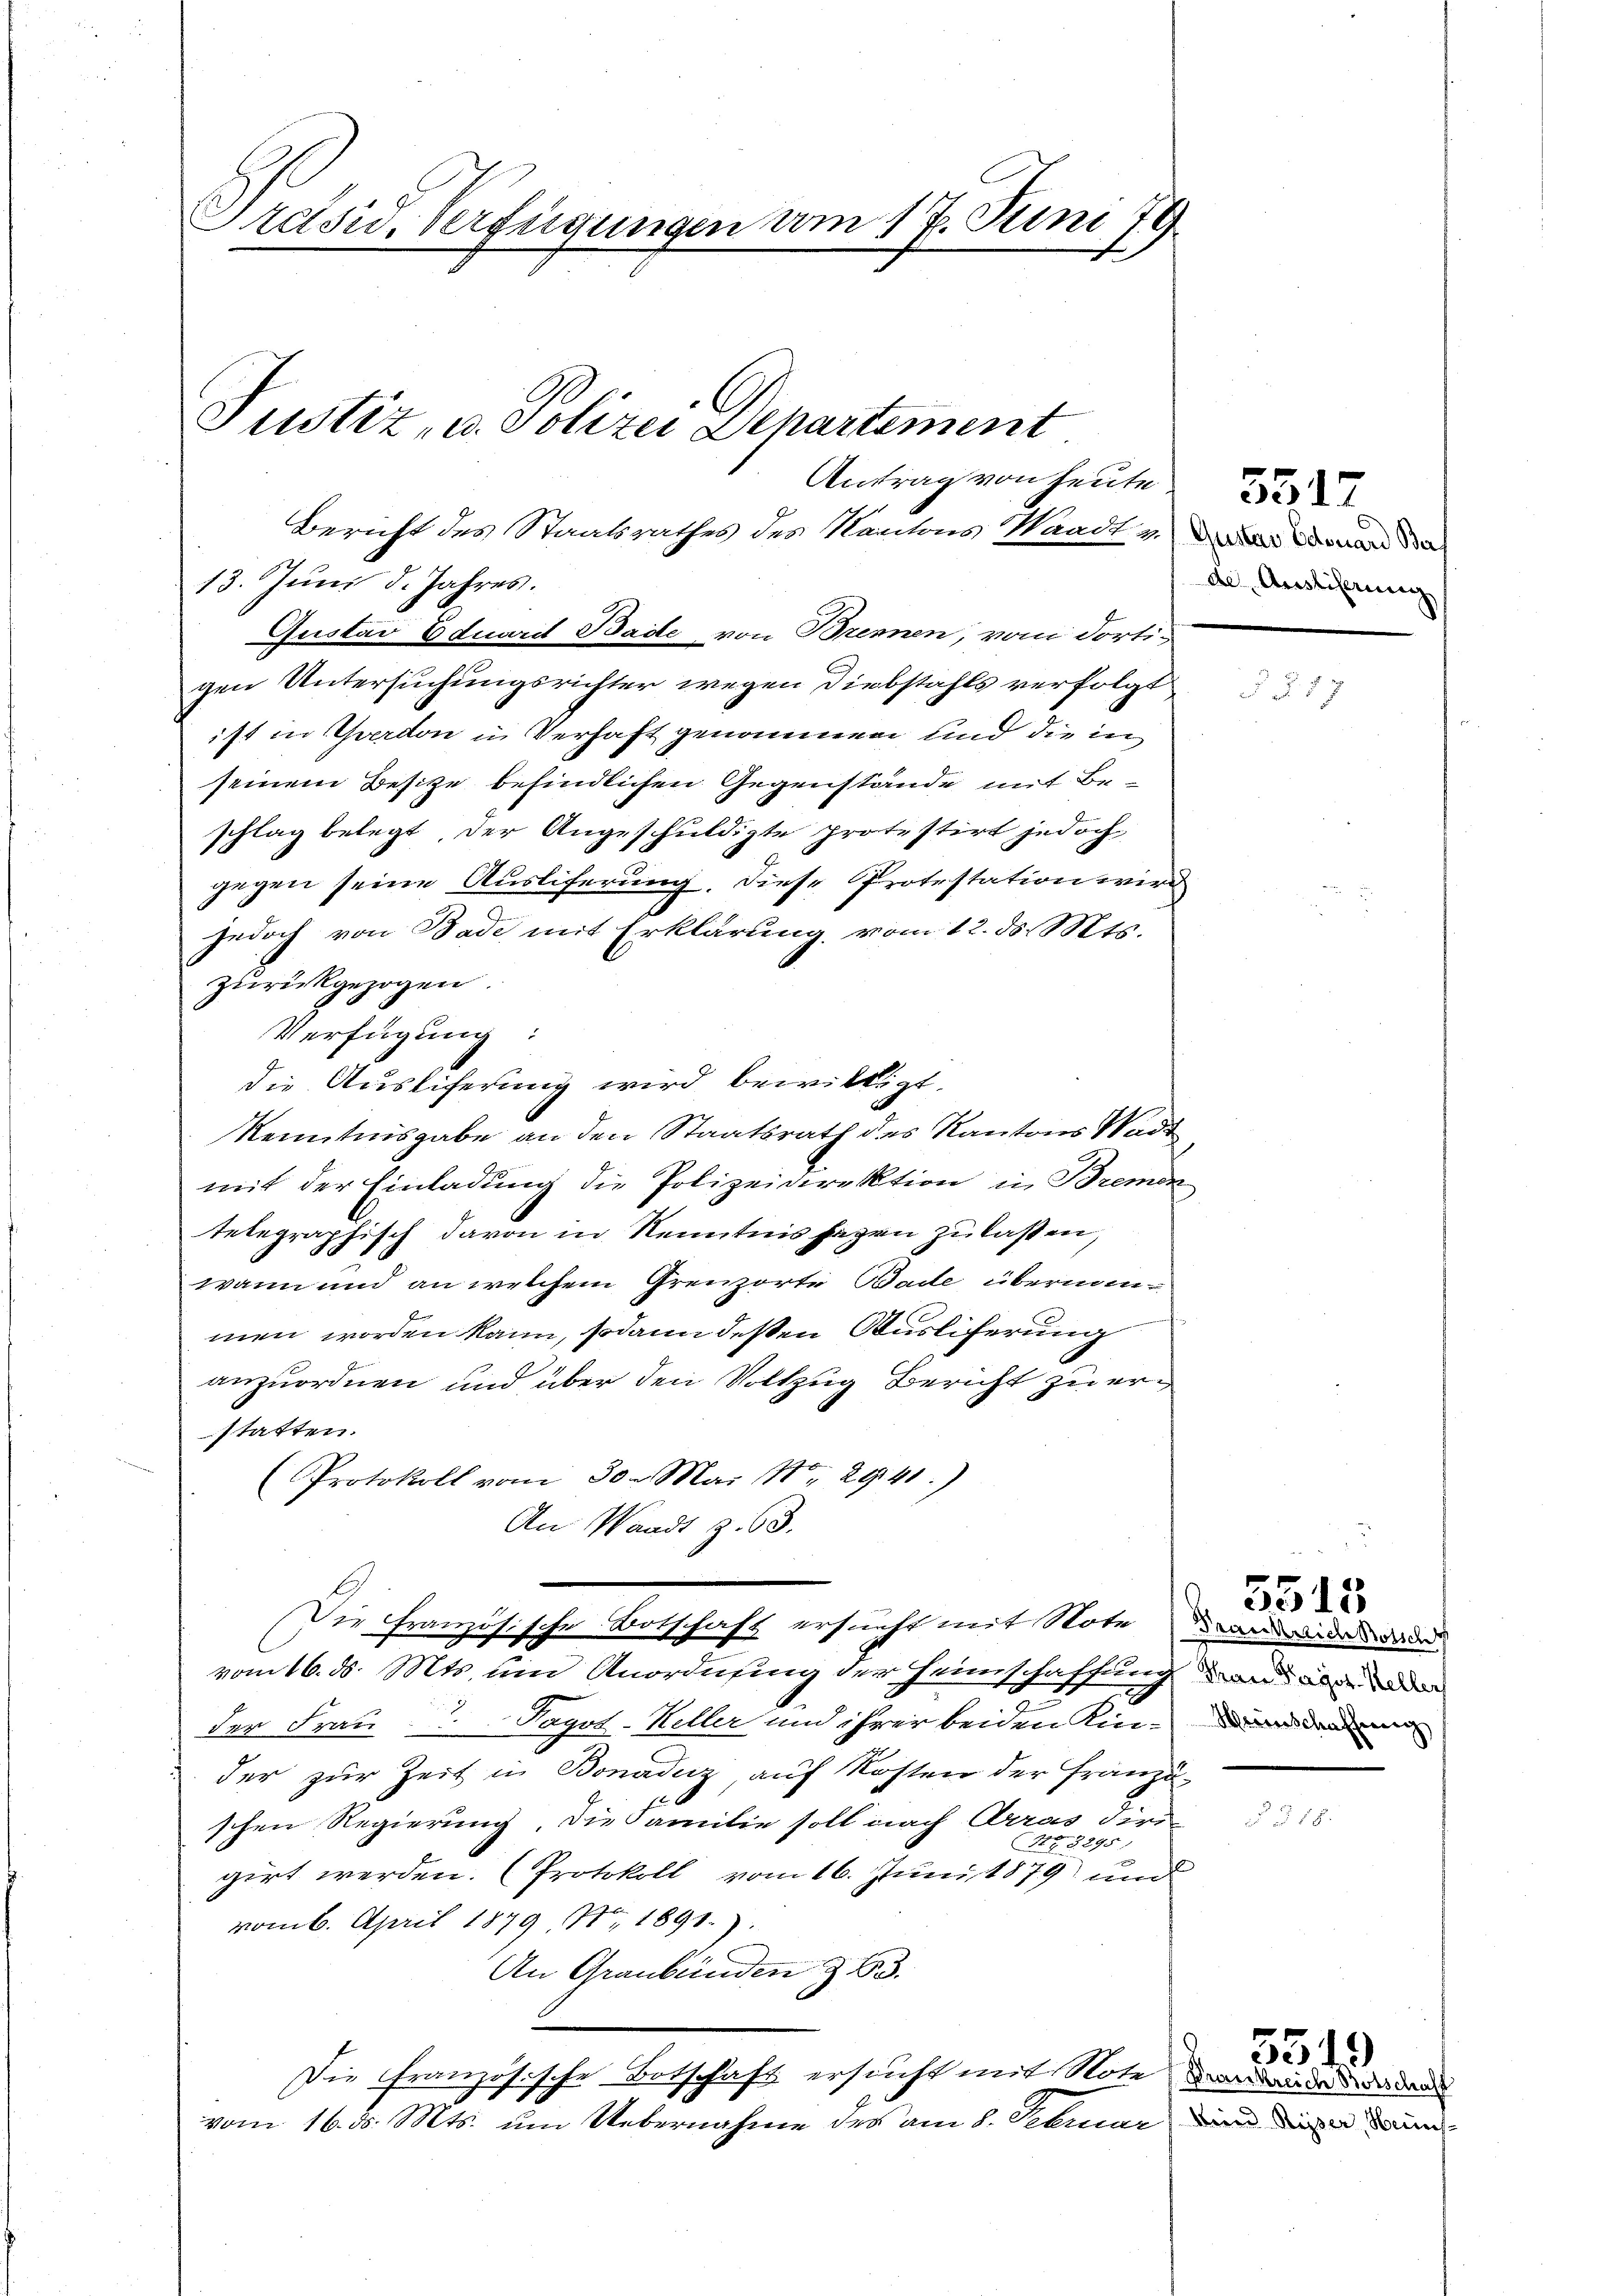
Präsid. Verfügungen am 17. Juni 179

Justiz- u. Polizei Departement
Bericht des Staatsrathes des Kantons Waadt u. Da der Sommen da

13. Juni d. Jahres.
gen Untersuchungsrichter wegen Diebstahls verfolgt
ist in verdon in Verhaft genommen und die in
seinem Besitze befindlichen Gegenstände mit Beschlag belegt, der Angeschuldigte protestirt jedoch
gegen seine Ausliferung, diese Protestation wird
jedoch von Bade mit Erklärung vom 12. ds. Mts.
zurückgezogen.
Verfügung:
die Ausliferung wird bewilligt.
Kenntnisgabe an den Staatsrath des Kantons Stadt
mit der Einladung die Polizeidirektion in Bremen
telegraphisch davon in Kenntnis sagen zu laßen,
wann und an welchem Grenzorte Bade überminmen worden kann, sodann deßen Ausliferung
anzuordnen und über den Vollzug Bericht zu erstatten.
Protokoll vom 30. Mai N. 2941)
An Waadt Z. 63.
Die Französische Botschaft ersucht mit Note dran der dann
vom 16. ds. Mts. und Anordnung der Heimschaffung von aber de
der Frau u. Sagot-Keller und ihrer beiden Kin-Anderung
der zur Zeit in Bonadenz auf Kosten der Franzö-
schen Regierung, die Familie soll nach Arras dire
NG. § 295
girt werden. (Protokoll vom 16. Juni 1879 und
vom 6. April 1879 No 1891.)
An Graubünden § 63.
Die Französische Botschaft ersucht mit Note
vom 16. d. Mts. um Uebernahme des am 8. Februar

Gustav Eduard Bade von Brennen, vom dorti-

Antrag von heute

de Austiferung

3517

5518

57

5319

per, Hein